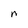
Character: n